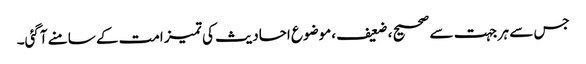
جس سے ہر جہت سے صحیح ، ضعیف ،موضوع احادیث کی تمیز امت کے سامنے آگئی۔